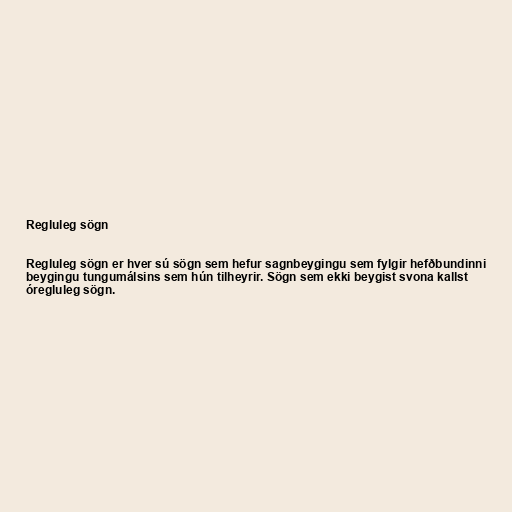
Regluleg sögn

Regluleg sögn er hver sú sögn sem hefur sagnbeygingu sem fylgir hefðbundinni
beygingu tungumálsins sem hún tilheyrir. Sögn sem ekki beygist svona kallst
óregluleg sögn.